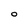
Character: O